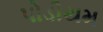
પોડીયમ